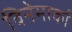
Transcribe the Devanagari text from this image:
विनेमार्का